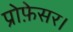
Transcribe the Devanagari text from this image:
प्रोफ़ेसर।